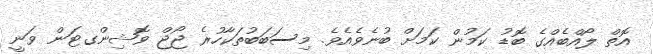
އޮތް ލޯއްބެއްގެ ބޮޑު ކަމުން ކަމަށް ބުނެވެއެވެ. މިސަބަބުތަކާހުރެ ޖޯޖް ވޮޝިންގޓަން ވަނީ